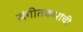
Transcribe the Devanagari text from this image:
संगीतकारांची